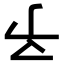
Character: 𠄔